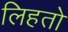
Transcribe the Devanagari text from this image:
लिहतो